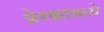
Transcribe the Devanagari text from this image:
प्रेरकांमध्ये